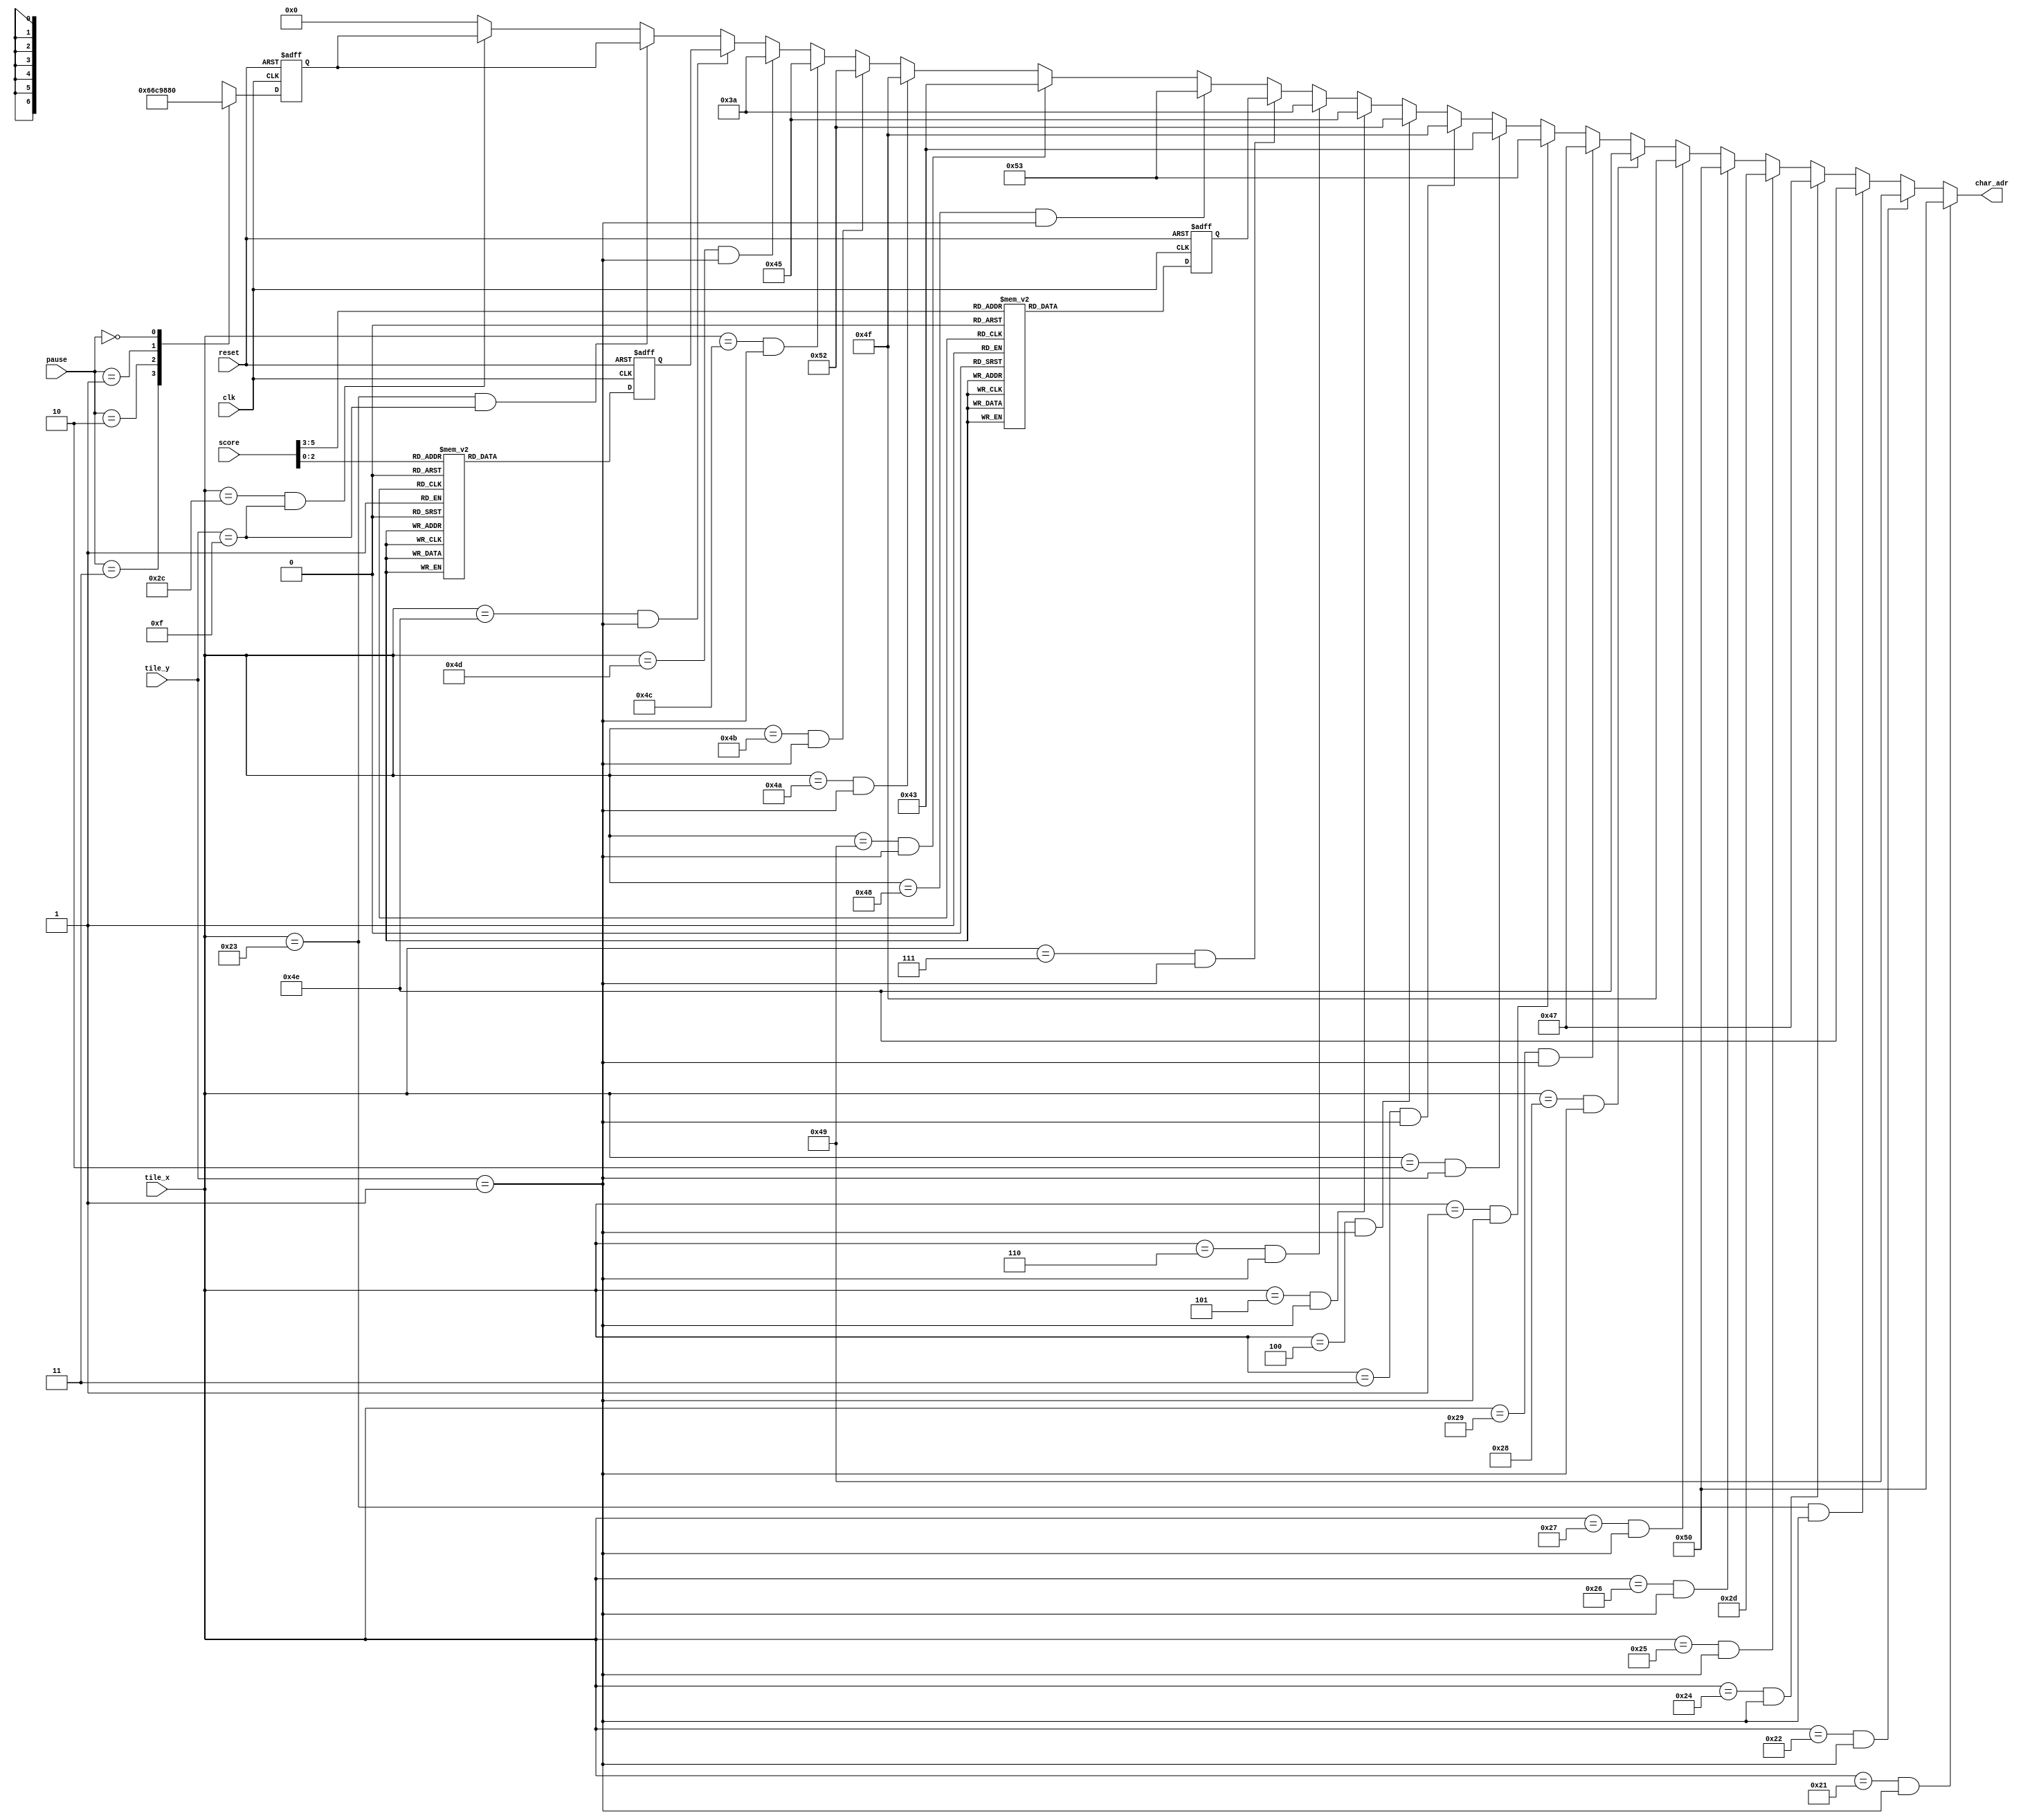
`timescale 1ns / 1ps
//////////////////////////////////////////////////////////////////////////////////
// 
// 
// Module Name: CGC_PONG
// 
// Description: The Character Generation Circuit contains the location of all the 
// text on the screen, as well as the location of the text saved in the block ROM.  
// The CGC sends a signal to the block ROM to retrieve the appropriate character 
// when the pixel coincides with the tile containing that character.
// 
// 
//////////////////////////////////////////////////////////////////////////////////


module CGC_PONG(clk,reset,tile_x,tile_y,score,pause,char_adr);

    input clk, reset;
    input [6:0] tile_x;
    input [5:0] tile_y;
    input [5:0] score;
    input [1:0] pause;
    
    output [6:0] char_adr;
    
    
    //font parameters
    parameter S = 83;
    parameter C = 67;
    parameter O = 79;
    parameter R = 82;
    parameter E = 69;
    parameter COLON = 58;
    parameter DASH = 45;
    parameter BLANK = 0;
    
    parameter ZERO = 48;
    parameter ONE = 49;
    parameter TWO = 50;
    parameter THREE = 51;
    parameter FOUR = 52;
    parameter FIVE = 53;
    parameter SIX = 54;
    parameter SEVEN = 55;
    parameter EIGHT = 56;
    parameter NINE = 57;
    
    parameter A = 65;
    parameter P = 80;
    parameter I = 73;
    parameter N = 78;
    parameter G = 71;
    
    //Count Down FSM States
    parameter P0 = 0;           //no pause
    parameter P3 = 3;           //begin pause (display 3)
    parameter P2 = 2;           //display 2
    parameter P1 = 1;           //display 1
    
    
    //Reg/Wire
    reg [6:0] left_score_reg, right_score_reg;
    reg [6:0] left_score_next, right_score_next;
    reg [6:0] cd_reg, cd_next;
    
    
    //1-Tick Buffer
    always @ (posedge clk, posedge reset)
        begin
        if (reset)
            begin
            left_score_reg <= ZERO;
            right_score_reg <= ZERO;
            cd_reg <= THREE;
            end
        else
            begin
            left_score_reg <= left_score_next;
            right_score_reg <= right_score_next;
            cd_reg <= cd_next;
            end
        end
    
    
    //Update Score
    always @*
        begin
        left_score_next = left_score_reg;
        right_score_next = right_score_reg;
        case (score[5:3])
            3'h0: left_score_next = ZERO;
            3'h1: left_score_next = ONE;
            3'h2: left_score_next = TWO;
            3'h3: left_score_next = THREE;
            3'h4: left_score_next = FOUR;
            3'h5: left_score_next = FIVE;
            3'h6: left_score_next = SIX;
            3'h7: left_score_next = SEVEN;
            default: left_score_next = ZERO;
        endcase
        case (score[2:0])
            3'h0: right_score_next = ZERO;
            3'h1: right_score_next = ONE;
            3'h2: right_score_next = TWO;
            3'h3: right_score_next = THREE;
            3'h4: right_score_next = FOUR;
            3'h5: right_score_next = FIVE;
            3'h6: right_score_next = SIX;
            3'h7: right_score_next = SEVEN;
            default: right_score_next = ZERO;
        endcase
        end
    
    //Update Pause Countdown
    always @*
        case (pause)
            P3: cd_next = THREE;
            P2: cd_next = TWO;
            P1: cd_next = ONE;
            P0: cd_next = BLANK;
            default: cd_next = BLANK;
        endcase
    
    //output
    //note screen is 80x30 tiles
    assign char_adr =   ((tile_x == 33) && (tile_y == 1)) ? P:              //game title 
                        ((tile_x == 34) && (tile_y == 1)) ? I:
                        ((tile_x == 35) && (tile_y == 1)) ? N:
                        ((tile_x == 36) && (tile_y == 1)) ? G:
                        ((tile_x == 37) && (tile_y == 1)) ? DASH:
                        ((tile_x == 38) && (tile_y == 1)) ? P:
                        ((tile_x == 39) && (tile_y == 1)) ? O:
                        ((tile_x == 40) && (tile_y == 1)) ? N:
                        ((tile_x == 41) && (tile_y == 1)) ? G:
                        
                        ((tile_x == 1) && (tile_y == 1)) ? S:               //left scoreboard
                        ((tile_x == 2) && (tile_y == 1)) ? C:
                        ((tile_x == 3) && (tile_y == 1)) ? O:
                        ((tile_x == 4) && (tile_y == 1)) ? R:
                        ((tile_x == 5) && (tile_y == 1)) ? E:
                        ((tile_x == 6) && (tile_y == 1)) ? COLON:
                        ((tile_x == 7) && (tile_y == 1)) ? left_score_reg:
                        
                        ((tile_x == 72) && (tile_y == 1)) ? S:              //right scoreboard
                        ((tile_x == 73) && (tile_y == 1)) ? C:
                        ((tile_x == 74) && (tile_y == 1)) ? O:
                        ((tile_x == 75) && (tile_y == 1)) ? R:
                        ((tile_x == 76) && (tile_y == 1)) ? E:
                        ((tile_x == 77) && (tile_y == 1)) ? COLON:
                        ((tile_x == 78) && (tile_y == 1)) ? right_score_reg:
                        
                        ((tile_x == 35) && (tile_y == 15)) ? cd_reg:        //pause countdown
                        ((tile_x == 44) && (tile_y == 15)) ? cd_reg:
                        
                        BLANK;
    
    
    
    
endmodule